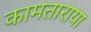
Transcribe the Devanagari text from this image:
कामताराया